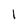
Character: 1